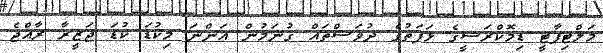
މަލްޓިޕާޓީ ޑިމޮކްރަސީގެ ޅަފަތުގެ ދުވަސްތައް ގުނަމުން އަންނަ މިކުޑަ ކުޑަ ޖަޒީރާ ރާއްޖެ